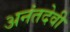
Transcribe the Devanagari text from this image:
अनंतदेवी